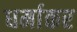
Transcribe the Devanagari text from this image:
धर्माकर